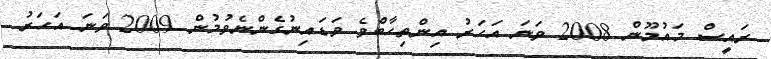
ރައީސް މައުމޫން 2008 ވަނަ އަހަރު އިންތިހާބްވެ ވަޑައިނުގެންނެވުމުން 2009 ވަނަ އަހަރު